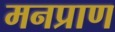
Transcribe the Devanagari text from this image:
मनप्राण